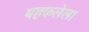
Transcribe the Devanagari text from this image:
बहकलेला